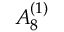
{ A } _ { 8 } ^ { ( 1 ) }